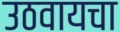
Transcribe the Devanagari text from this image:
उठवायचा